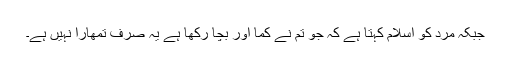
جبکہ مرد کو اسلام کہتا ہے کہ جو تم نے کما اور بچا رکھا ہے یہ صرف تمھارا نہیں ہے۔